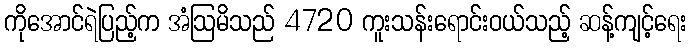
ကိုအောင်ရဲပြည့်က အံဩမိသည် 4720 ကူးသန်းရောင်းဝယ်သည့် ဆန့်ကျင့်ရေး